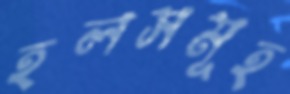
হলসমূহ